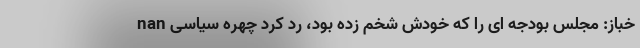
nan خباز: مجلس بودجه اى را كه خودش شخم زده بود، رد كرد چهره سیاسی